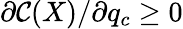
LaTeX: \partial{\cal C}(X)/\partial q_{c}\geq 0